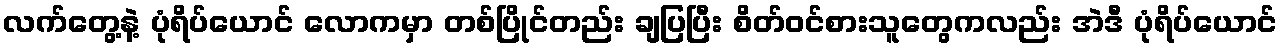
လက်တွေ့နဲ့ ပုံရိပ်ယောင် လောကမှာ တစ်ပြိုင်တည်း ချပြပြီး စိတ်ဝင်စားသူတွေကလည်း အဲဒီ ပုံရိပ်ယောင်